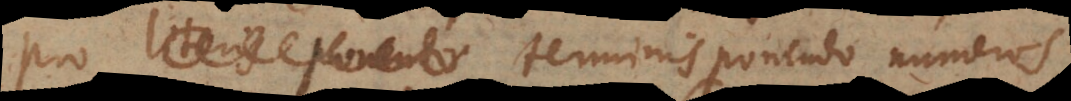
pro literis terminis ponendo numeros,